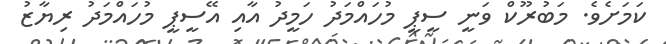
ކަމަށެވެ. މަބުރޫކް ވަނީ ސީޕީ މުހައްމަދު ހަމީދު އާއި އޭސީޕީ މުހައްްމަދު ރިޔާޒު